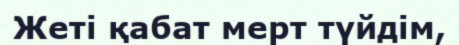
Жеті қабат мерт түйдім,